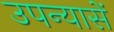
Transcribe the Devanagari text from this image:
उपन्यासें